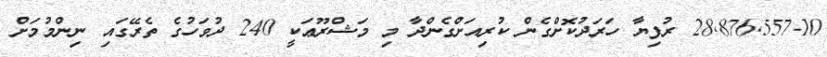
28